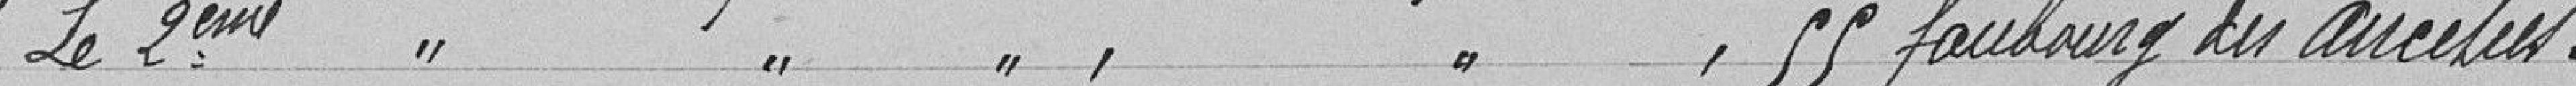
"Le deuxième " " " , " ", 55 faubourg des Ancêtres